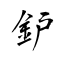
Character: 鈩